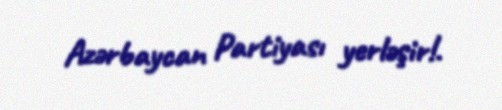
Azərbaycan Partiyası yerləşir!.